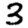
Digit: 3